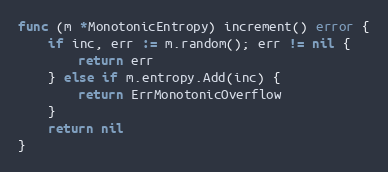
Language: Go
func (m *MonotonicEntropy) increment() error {
	if inc, err := m.random(); err != nil {
		return err
	} else if m.entropy.Add(inc) {
		return ErrMonotonicOverflow
	}
	return nil
}